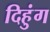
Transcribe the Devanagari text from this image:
दिहुंग